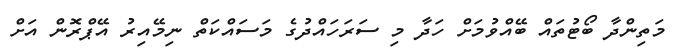
މަތިންދާ ބޯޓުތައް ބޭއްވުމަށް ހަދާ މި ސަރަހައްދުގެ މަސައްކަތް ނިމޭއިރު އޭޕްރޮން އަށް